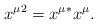
LaTeX: \begin{align*}{x^\mu}^2={x^\mu}^*x^\mu. \end{align*}